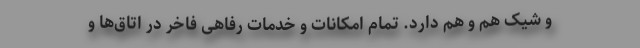
و شیک هم و هم دارد. تمام امکانات و خدمات رفاهی فاخر در اتاق‌ها و